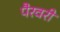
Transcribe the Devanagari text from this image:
पैरवरी